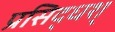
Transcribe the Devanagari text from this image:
प्रसिद्धश्